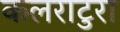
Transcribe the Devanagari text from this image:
कलराटुरा